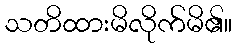
သတိထားမိလိုက်မိ၏။